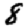
Digit: 8